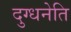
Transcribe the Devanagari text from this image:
दुग्धनेति